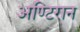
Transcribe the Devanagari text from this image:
अण्टिरान